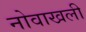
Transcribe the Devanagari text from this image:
नोवाखली